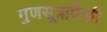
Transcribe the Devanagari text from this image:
गुणसूत्रापैकी